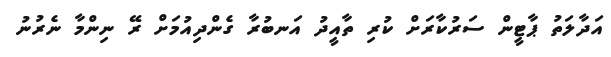
އަދާލަތު ޕާޓީން ސަރުކާރަށް ކުރި ތާއީދު އަނބުރާ ގެންދިއުމަށް ރޭ ނިންމާ ނެރުނު